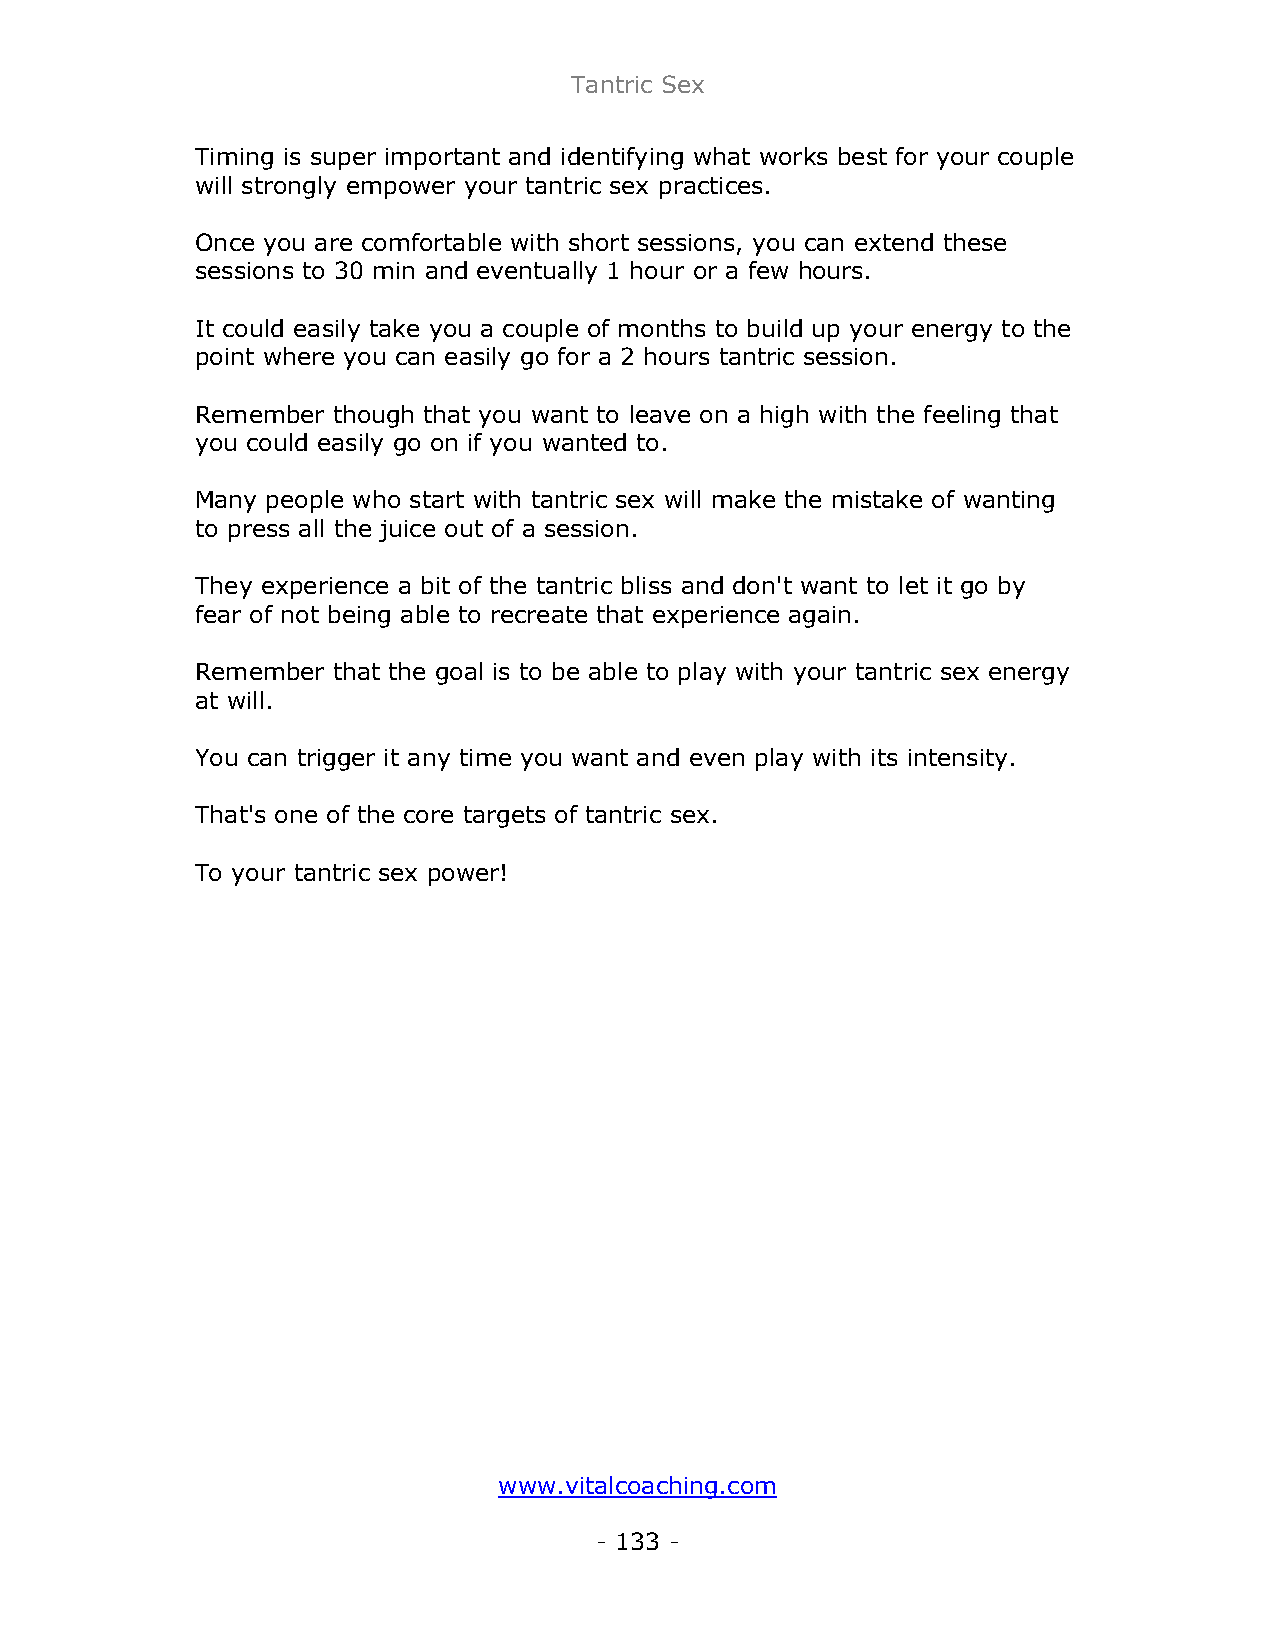
Tantric Sex
 Timing is super important and identifying what works best for your couple
 will strongly empower your tantric sex practices.
 Once you are comfortable with short sessions, you can extend these
 sessions to 30 min and eventually 1 hour or a few hours.
 It could easily take you a couple of months to build up your energy to the
 point where you can easily go for a 2 hours tantric session.
 Remember though that you want to leave on a high with the feeling that
 you could easily go on if you wanted to.
 Many people who start with tantric sex will make the mistake of wanting
 to press all the juice out of a session.
 They experience a bit of the tantric bliss and don't want to let it go by
 fear of not being able to recreate that experience again.
 Remember that the goal is to be able to play with your tantric sex energy
 at will.
 You can trigger it any time you want and even play with its intensity.
 That's one of the core targets of tantric sex.
 To your tantric sex power!
 www.vitalcoaching.com
 - 133 -